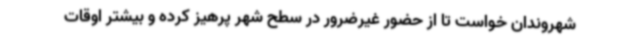
شهروندان خواست تا از حضور غیرضرور در سطح شهر پرهیز کرده و بیشتر اوقات